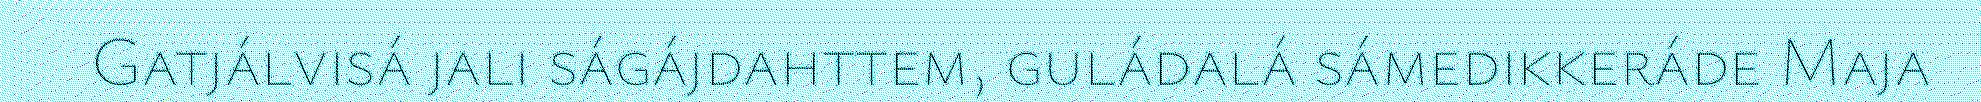
Gatjálvisá jali ságájdahttem, guládalá sámedikkeráde Maja